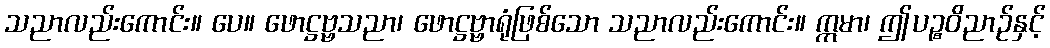
သညာလည်းကောင်း။ ပေ။ ဖောဋ္ဌဗ္ဗသညာ၊ ဖောဋ္ဌဗ္ဗာရုံဖြစ်သော သညာလည်းကောင်း။ ဣမာ၊ ဤပဉ္စဝိညာဉ်နှင့်